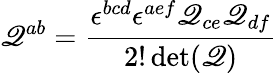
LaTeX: \mathscr{Q}^{ab}={\frac{{\epsilon^{bcd}\epsilon^{aef}\mathscr{Q}_{ce}\mathscr{Q}_{df}}}{{2!\operatorname*{det}(\mathscr{Q})}}}